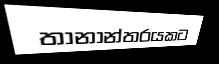
තානාන්තරයකට